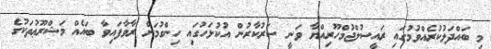
މި ބައްދަލުކުރެއްވުމުގައި ރައީސުލްޖުމްހޫރިއްޔާ ވަނީ ސަރުކާރުން އުކުޅަހުގައި ހިންގުމަށް ރާވާފައިވާ ބައެއް މަޝްރޫޢުތަކުގެ